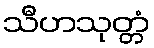
သီဟသုတ္တံ